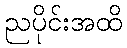
ညပိုင်းအထိ